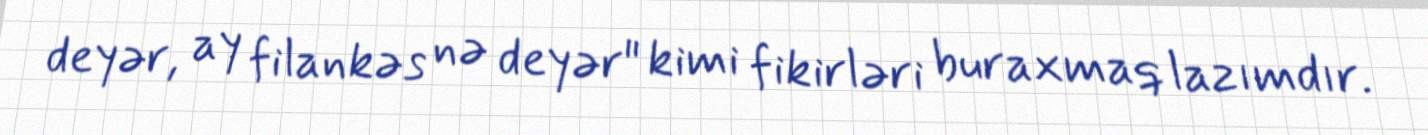
deyər, ay filankəs nə deyər" kimi fikirləri buraxmaq lazımdır.